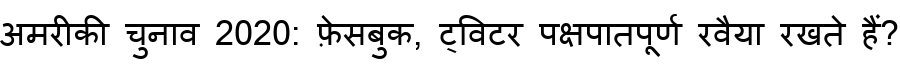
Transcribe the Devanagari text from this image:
अमरीकी चुनाव 2020: फ़ेसबुक, ट्विटर पक्षपातपूर्ण रवैया रखते हैं?